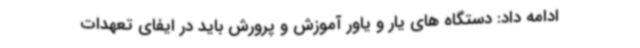
ادامه داد: دستگاه های یار و یاور آموزش و پرورش باید در ایفای تعهدات